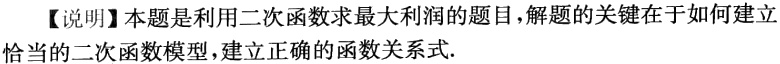
【说明】本题是利用二次函数求最大利润的题目，解题的关键在于如何建立恰当的二次函数模型，建立正确的函数关系式.